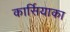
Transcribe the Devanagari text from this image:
कार्सियाका